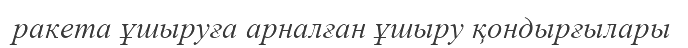
ракета ұшыруға арналған ұшыру қондырғылары